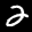
Label: 2